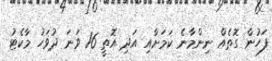
ފަހުން ގޮތެއް ނިންމާނެ ކަމަށާއި އަދި އޮތީ 16 ވަނަ ދުވަހު މާކެޓު